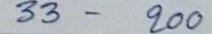
33 - 200